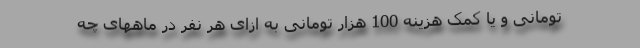
تومانی و یا کمک هزینه 100 هزار تومانی به ازای هر نفر در ماههای چه